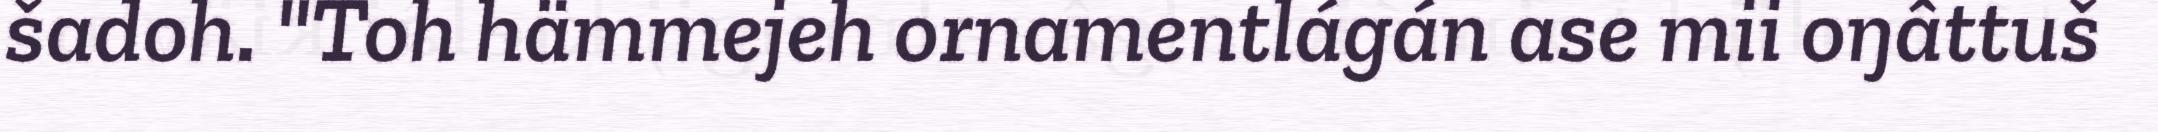
šadoh. "Toh hämmejeh ornamentlágán ase mii oŋâttuš